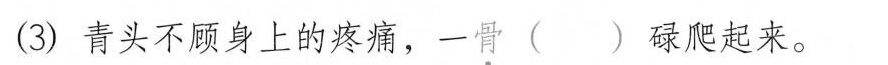
(3)青头不顾身上的疼痛，一骨( )碌爬起来。